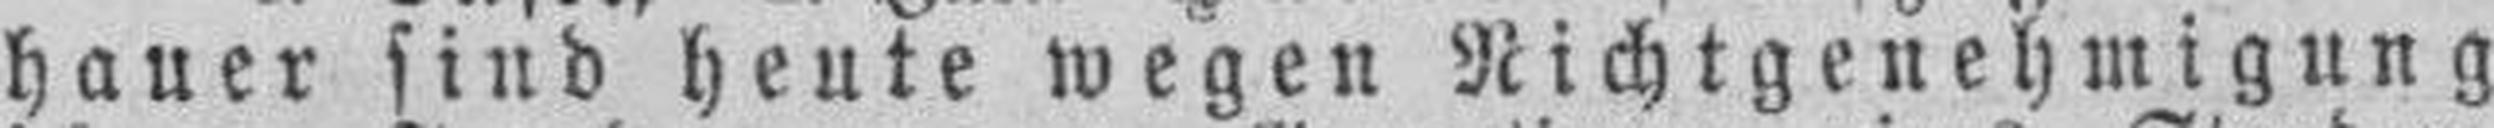
hauer sind heute wegen Richtgenehmigung